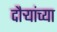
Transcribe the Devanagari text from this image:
दौर्‍यांच्या